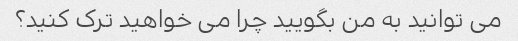
می توانید به من بگویید چرا می خواهید ترک کنید؟